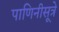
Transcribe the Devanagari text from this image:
पाणिनीसूत्रे